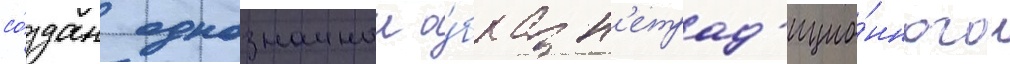
со́здан однозначныи о́браз н'етрад'ицио́нного